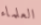
العلماء